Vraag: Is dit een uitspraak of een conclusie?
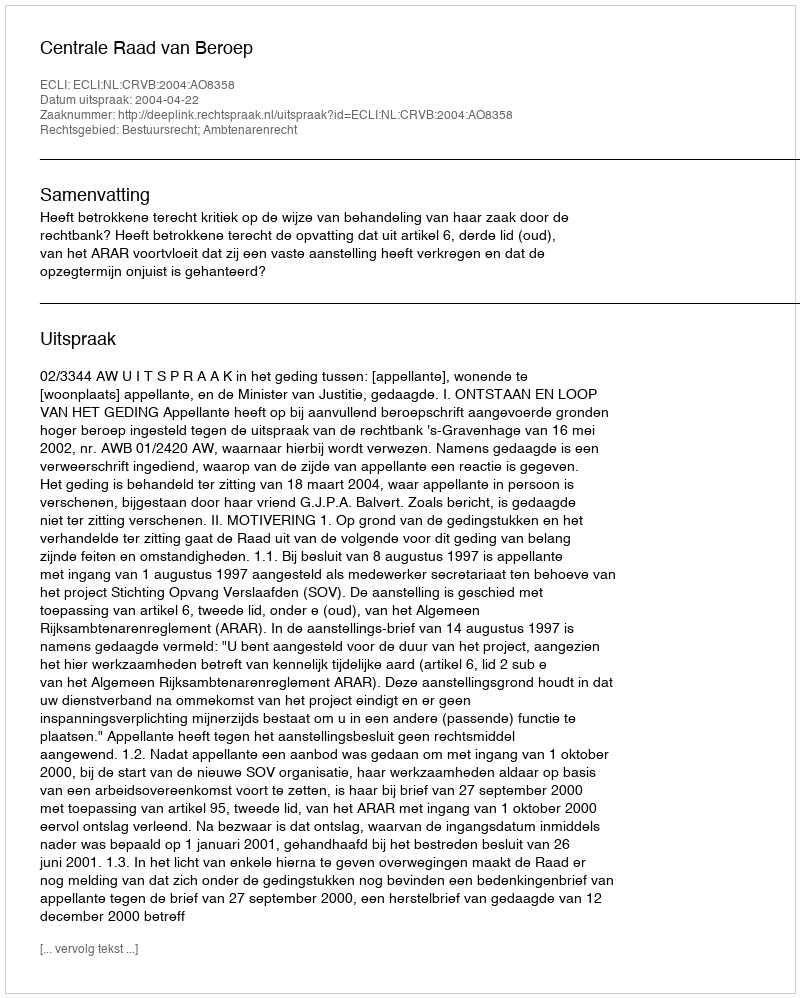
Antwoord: Uitspraak